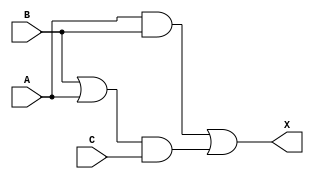
/*
 * Copyright 2020 The SkyWater PDK Authors
 *
 * Licensed under the Apache License, Version 2.0 (the "License");
 * you may not use this file except in compliance with the License.
 * You may obtain a copy of the License at
 *
 *     https://www.apache.org/licenses/LICENSE-2.0
 *
 * Unless required by applicable law or agreed to in writing, software
 * distributed under the License is distributed on an "AS IS" BASIS,
 * WITHOUT WARRANTIES OR CONDITIONS OF ANY KIND, either express or implied.
 * See the License for the specific language governing permissions and
 * limitations under the License.
 *
 * SPDX-License-Identifier: Apache-2.0
*/


`ifndef SKY130_FD_SC_LS__MAJ3_FUNCTIONAL_V
`define SKY130_FD_SC_LS__MAJ3_FUNCTIONAL_V

/**
 * maj3: 3-input majority vote.
 *
 * Verilog simulation functional model.
 */

`timescale 1ns / 1ps
`default_nettype none

`celldefine
module sky130_fd_sc_ls__maj3 (
    X,
    A,
    B,
    C
);

    // Module ports
    output X;
    input  A;
    input  B;
    input  C;

    // Local signals
    wire or0_out  ;
    wire and0_out ;
    wire and1_out ;
    wire or1_out_X;

    //  Name  Output     Other arguments
    or  or0  (or0_out  , B, A              );
    and and0 (and0_out , or0_out, C        );
    and and1 (and1_out , A, B              );
    or  or1  (or1_out_X, and1_out, and0_out);
    buf buf0 (X        , or1_out_X         );

endmodule
`endcelldefine

`default_nettype wire
`endif  // SKY130_FD_SC_LS__MAJ3_FUNCTIONAL_V